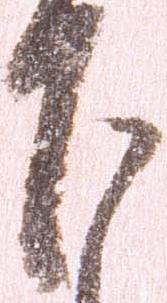
下